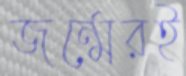
জন্মেরই